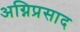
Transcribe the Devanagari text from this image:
अग्निप्रसाद